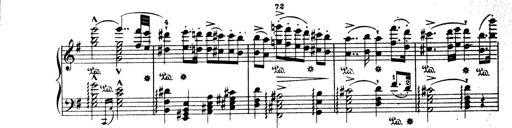
Title: Wagner-Liszt Album
Composer: Franz Liszt